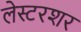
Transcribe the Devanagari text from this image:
लेस्टरशर